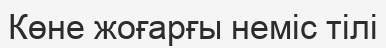
Көне жоғарғы неміс тілі